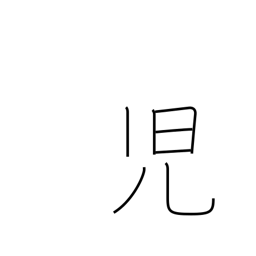
Meaning: newborn babe